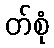
တ်စုံ